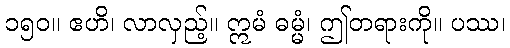
၁၅၀။ ဧဟိ၊ လာလှည့်။ ဣမံ ဓမ္မံ၊ ဤတရားကို။ ပဿ၊